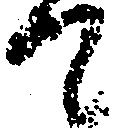
て